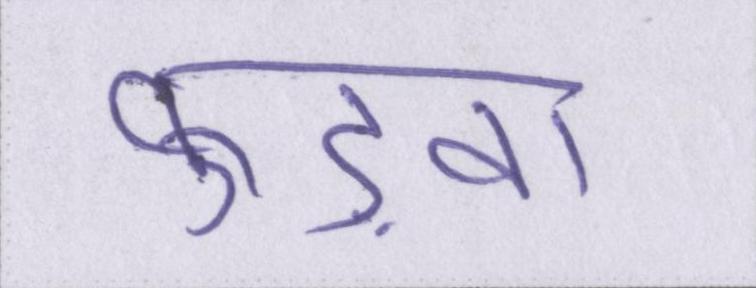
फुड़वा